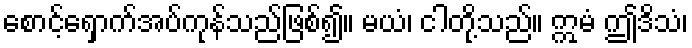
စောင့်ရှောက်အပ်ကုန်သည်ဖြစ်၍။ မယံ၊ ငါတို့သည်။ ဣမံ ဤဒိသံ၊